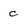
Character: c